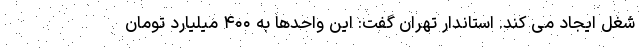
شغل ایجاد می کند. استاندار تهران گفت: این واحدها به ۴۰۰ میلیارد تومان